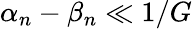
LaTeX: \alpha_{n}-\beta_{n}\ll 1/G